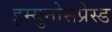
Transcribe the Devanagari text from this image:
इम्युनोसप्रेस्ड